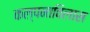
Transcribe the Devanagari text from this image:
कल्पनाविलास